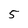
Character: 5